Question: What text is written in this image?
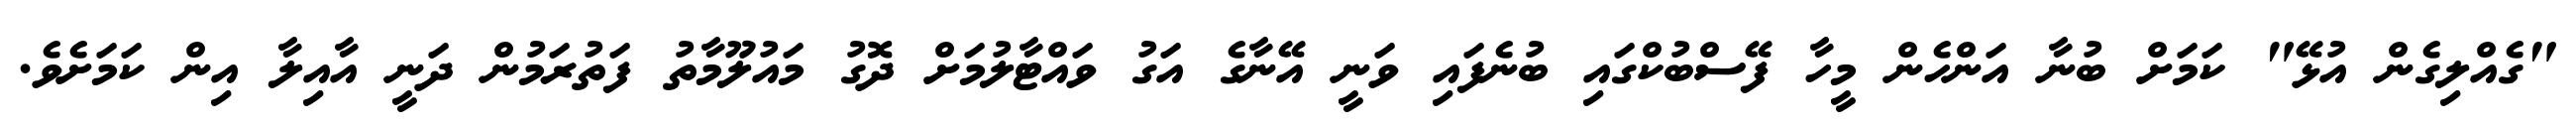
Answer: "ގެއްލިގެން އުޅޭ" ކަމަށް ބުނާ އަންހެން މީހާ ފޭސްބުކްގައި ބުނެފައި ވަނީ އޭނާގެ އަގު ވައްޓާލުމަށް ދޮގު މައުލޫމާތު ފަތުރަމުން ދަނީ އާއިލާ އިން ކަމަށެވެ.